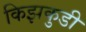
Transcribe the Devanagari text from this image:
किझकुडी